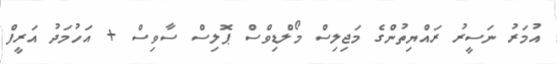
އުމަރު ނަސީރު ރައްޔިތުންގެ މަޖިލިސް މޯލްޑިވްސް ޕޮލިސް ސާވިސް + އަހުމަދު އަރީފް